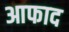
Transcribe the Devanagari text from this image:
आफाद